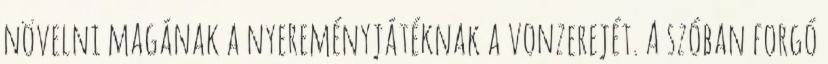
növelni magának a nyereményjátéknak a vonzerejét. A szóban forgó